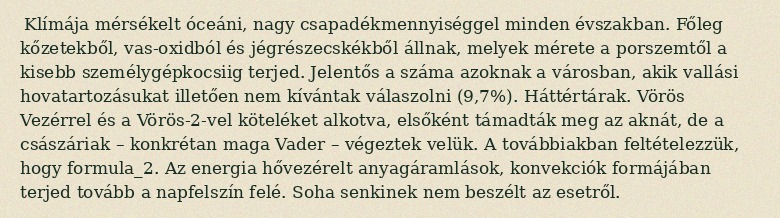
Klímája mérsékelt óceáni, nagy csapadékmennyiséggel minden évszakban. Főleg kőzetekből, vas-oxidból és jégrészecskékből állnak, melyek mérete a porszemtől a kisebb személygépkocsiig terjed. Jelentős a száma azoknak a városban, akik vallási hovatartozásukat illetően nem kívántak válaszolni (9,7%). Háttértárak. Vörös Vezérrel és a Vörös-2-vel köteléket alkotva, elsőként támadták meg az aknát, de a császáriak – konkrétan maga Vader – végeztek velük. A továbbiakban feltételezzük, hogy formula_2. Az energia hővezérelt anyagáramlások, konvekciók formájában terjed tovább a napfelszín felé. Soha senkinek nem beszélt az esetről.